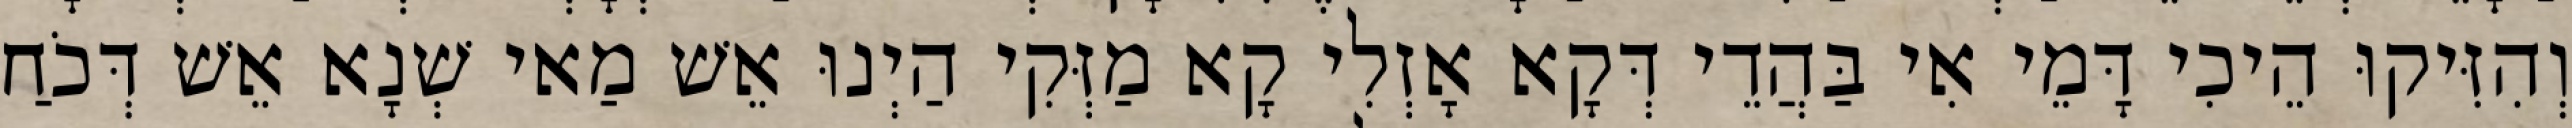
וְהִזִּיקוּ הֵיכִי דָּמֵי אִי בַּהֲדֵי דְּקָא אָזְלִי קָא מַזְּקִי הַיְנוּ אֵשׁ מַאי שְׁנָא אֵשׁ דְּכֹחַ